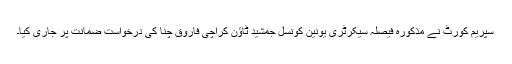
سپریم کورٹ نے مذکورہ فیصلہ سیکرٹری یونین کونسل جمشید ٹاؤن کراچی فاروق چنا کی درخواست ضمانت پر جاری کیا۔